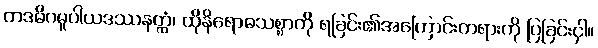
တဒဓိဂမူပါယဒဿနတ္ထံ၊ ထိုနိရောဓသစ္စာကို ရခြင်း၏အကြောင်းတရားကို ပြခြင်းငှါ။